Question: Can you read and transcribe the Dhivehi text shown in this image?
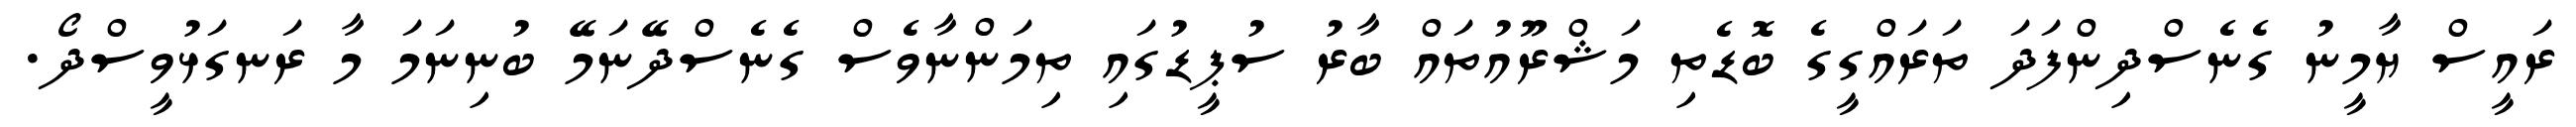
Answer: ރައީސް ޔާމީނު ގެނެސްދިންފަދަ ތަރައްގީގެ ބޮޑެތި މަޝްރޫއުތައް ބާރު ސުޕީޑުގައި ތިމަންނާވެސް ގެނެސްދޭނަމޭ ބުނިނަމަ މާ ރަނގަޅުވީސްދޯ.